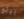
بيلو